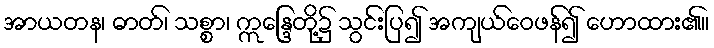
အာယတန၊ ဓာတ်၊ သစ္စာ၊ ဣန္ဒြေတို့၌ သွင်းပြ၍ အကျယ်ဝေဖန်၍ ဟောထား၏။